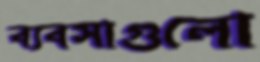
ব্যবসাগুলো